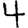
Digit: 4